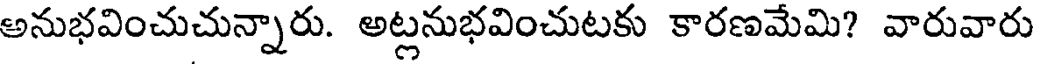
అనుభవించుచున్నారు. అట్లనుభవించుటకు కారణమేమి? వారువారు